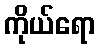
ကိုယ်ရော